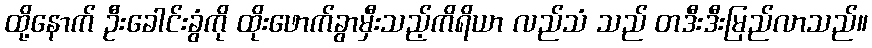
ထို့နောက် ဦးခေါင်းခွံကို ထိုးဖောက်ခွာမှီးသည့်ကိရိယာ လည်သံ သည် တဒီးဒီးမြည်လာသည်။